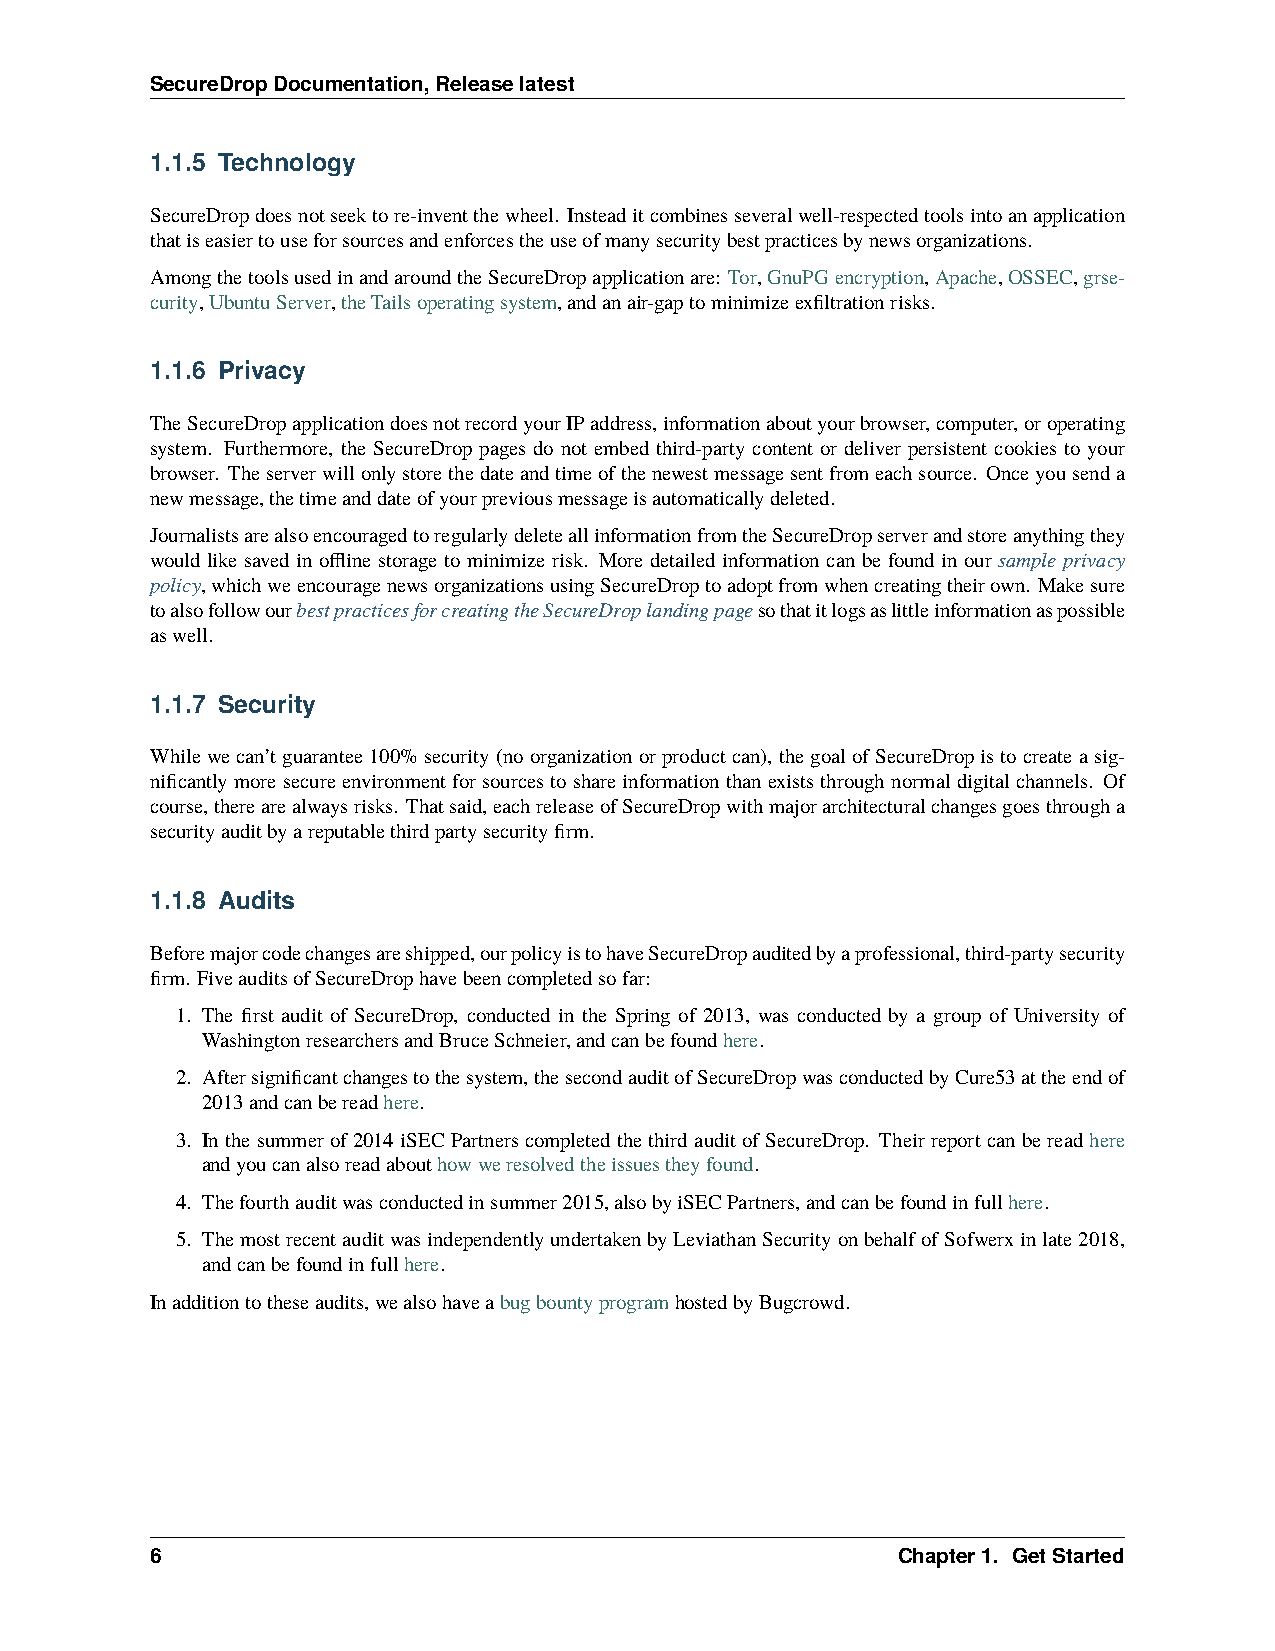
SecureDropDocumentation,Releaselatest
 1.1.5 Technology
 SecureDropdoesnotseektore-inventthewheel. Insteaditcombinesseveralwell-respectedtoolsintoanapplication
 thatiseasiertouseforsourcesandenforcestheuseofmanysecuritybestpracticesbynewsorganizations.
 AmongthetoolsusedinandaroundtheSecureDropapplicationare: Tor,GnuPGencryption,Apache,OSSEC,grse-
 curity,UbuntuServer,theTailsoperatingsystem,andanair-gaptominimizeexfiltrationrisks.
 1.1.6 Privacy
 TheSecureDropapplicationdoesnotrecordyourIPaddress,informationaboutyourbrowser,computer,oroperating
 system. Furthermore, the SecureDrop pages do not embed third-party content or deliver persistent cookies to your
 browser. Theserverwillonlystorethedateandtimeofthenewestmessagesentfromeachsource. Onceyousenda
 newmessage,thetimeanddateofyourpreviousmessageisautomaticallydeleted.
 JournalistsarealsoencouragedtoregularlydeleteallinformationfromtheSecureDropserverandstoreanythingthey
 would like saved in offline storage to minimize risk. More detailed information can be found in our sample privacy
 policy,whichweencouragenewsorganizationsusingSecureDroptoadoptfromwhencreatingtheirown. Makesure
 toalsofollowourbestpracticesforcreatingtheSecureDroplandingpagesothatitlogsaslittleinformationaspossible
 aswell.
 1.1.7 Security
 Whilewecan’tguarantee100%security(noorganizationorproductcan), thegoalofSecureDropistocreateasig-
 nificantlymoresecureenvironmentforsourcestoshareinformationthanexiststhroughnormaldigitalchannels. Of
 course,therearealwaysrisks. Thatsaid,eachreleaseofSecureDropwithmajorarchitecturalchangesgoesthrougha
 securityauditbyareputablethirdpartysecurityfirm.
 1.1.8 Audits
 Beforemajorcodechangesareshipped,ourpolicyistohaveSecureDropauditedbyaprofessional,third-partysecurity
 firm. FiveauditsofSecureDrophavebeencompletedsofar:
 1. The first audit of SecureDrop, conducted in the Spring of 2013, was conducted by a group of University of
 WashingtonresearchersandBruceSchneier,andcanbefoundhere.
 2. Aftersignificantchangestothesystem,thesecondauditofSecureDropwasconductedbyCure53attheendof
 2013andcanbereadhere.
 3. Inthesummerof2014iSECPartnerscompletedthethirdauditofSecureDrop. Theirreportcanbereadhere
 andyoucanalsoreadabouthowweresolvedtheissuestheyfound.
 4. Thefourthauditwasconductedinsummer2015,alsobyiSECPartners,andcanbefoundinfullhere.
 5. ThemostrecentauditwasindependentlyundertakenbyLeviathanSecurityonbehalfofSofwerxinlate2018,
 andcanbefoundinfullhere.
 Inadditiontotheseaudits,wealsohaveabugbountyprogramhostedbyBugcrowd.
 6                                                Chapter1. GetStarted